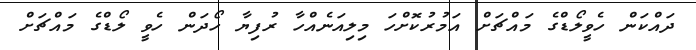
ދައްކަން ހެވީލޯޑްގެ މައްޗަށް އަމުރުކޮށްހަ މިލިއަނެއްހާ ރުފިޔާ ހޯދަން ހެވީ ލޯޑްގެ މައްޗަށް